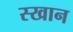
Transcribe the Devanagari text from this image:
स्खान